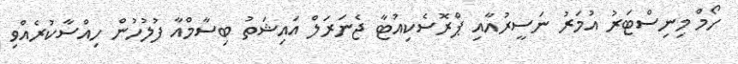
ހޯމް މިނިސްޓަރު އުމަރު ނަސީރުއާއި ޕްރޮސެކިއުޓާ ޖެނަރަލް އައިޝަތު ބިސާމްއާ ފުލުހުން ހިއްސާކުރެއްވި